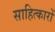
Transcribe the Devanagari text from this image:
साहित्कारों